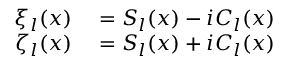
\begin{array} { r l } { \xi _ { l } ( x ) } & { { } = S _ { l } ( x ) - i C _ { l } ( x ) } \\ { \zeta _ { l } ( x ) } & { { } = S _ { l } ( x ) + i C _ { l } ( x ) } \end{array}